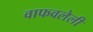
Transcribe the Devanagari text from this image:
वाफवलेली